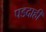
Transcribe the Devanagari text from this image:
पडदाही